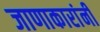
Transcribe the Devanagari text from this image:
जाणाकारांनी